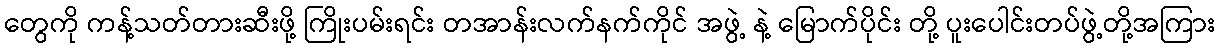
တွေကို ကန့်သတ်တားဆီးဖို့ ကြိုးပမ်းရင်း တအာန်းလက်နက်ကိုင် အဖွဲ့ နဲ့ မြောက်ပိုင်း တို့ ပူးပေါင်းတပ်ဖွဲ့တို့အကြား